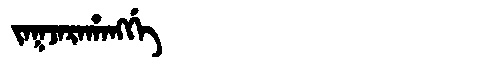
Manchu: ᠵᠠᡴᠵᠠᡵᠠᡥᠠᠩᡤᡝ
Romanization: JAKJARAHANGGE